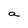
Character: a